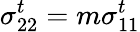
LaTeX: \sigma_{22}^{t}=m\sigma_{11}^{t}